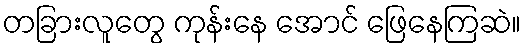
တခြားလူတွေ ကုန်းနေ အောင် ဖြေနေကြဆဲ။